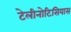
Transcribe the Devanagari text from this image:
टेलीनोटिसियास